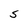
Character: S